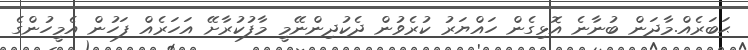
ޙަބަރެއް.މާދަން ބުނާނެ އޮޅިގެން ހައްޔަރު ކުރެވުން ދެކުދިންނޭމީ މާފުކުރާށޭ އަހަރެއް ފަހުން އެމީހުންގެ